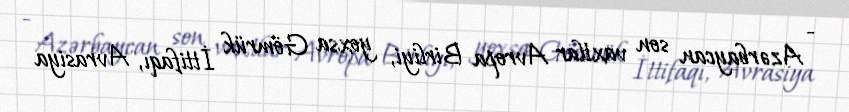
- Azərbaycan son vaxtlar Avropa Birliyi, yoxsa Gömrük İttifaqı, Avrasiya